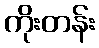
ကိုးတန်း